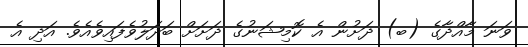
ވަނަ މާއްދާގެ (ބ) ދަށުން އެ ކޮމިޝަނުގެ ދަށަށް ބަދަލުވެފައިވެއެވެ. އަދި އެ